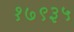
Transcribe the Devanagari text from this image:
१७९३५